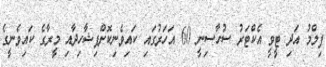
ފިލްމު އަދި ޓީވީ އެކްޓަރު ސުހާސިނީ 60 އަހަރުގައި ކައިވެނިކޮށްފިޝާހިދާއި މީރާގެ ކައިވެނީގެ